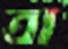
ত্রা